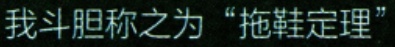
我斗胆称之为“拖鞋定理”